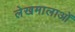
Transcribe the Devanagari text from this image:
लेखमालाओं